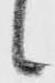
候